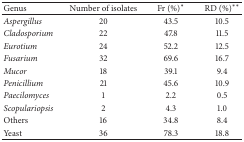
| Genus | Number of isolates | Fr (%)∗ | RD (%)∗∗ |
 | --- | --- | --- | --- |
 | Aspergillus | 20 | 43.5 | 10.5 |
 | Cladosporium | 22 | 47.8 | 11.5 |
 | Eurotium | 24 | 52.2 | 12.5 |
 | Fusarium | 32 | 69.6 | 16.7 |
 | Mucor | 18 | 39.1 | 9.4 |
 | Penicillium | 21 | 45.6 | 10.9 |
 | Paecilomyces | 1 | 2.2 | 0.5 |
 | Scopulariopsis | 2 | 4.3 | 1.0 |
 | Others | 16 | 34.8 | 8.4 |
 | Yeast | 36 | 78.3 | 18.8 |